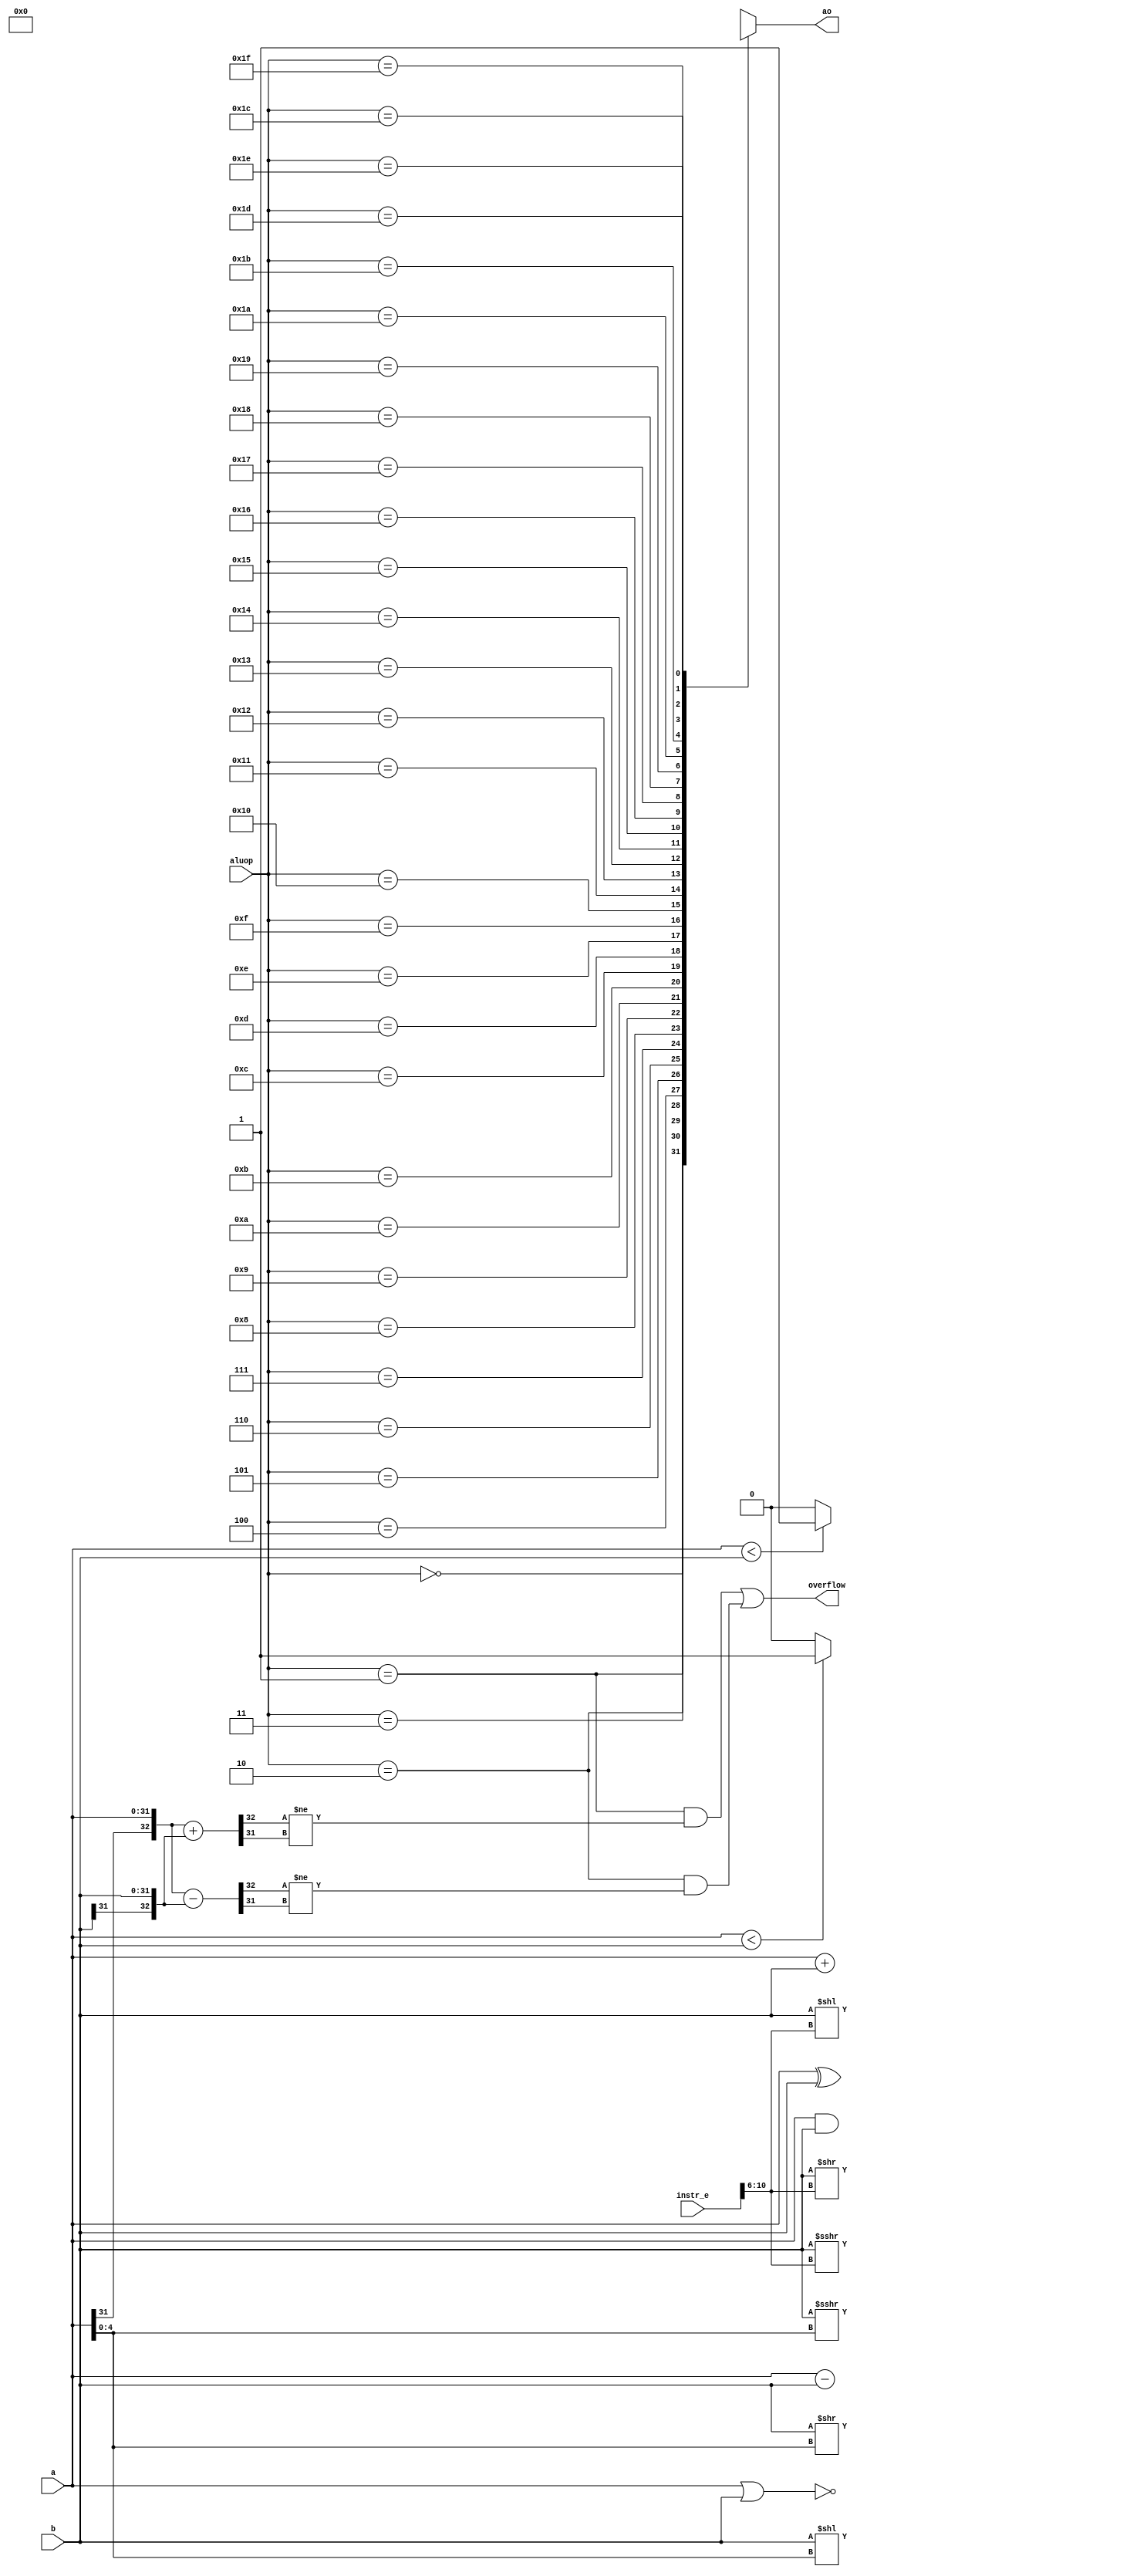
`timescale 1ns / 1ps

module ALU(a,b,aluop,instr_e,ao,overflow);
input [31:0] a,b;
input [4:0] aluop;
input [31:0] instr_e;
output [31:0] ao;//
output overflow;

wire [4:0] shamt;
assign shamt=instr_e[10:6];

wire [31:0] tmp[31:0];
assign tmp[0]=b;
assign tmp[1]=a+b;
assign tmp[2]=a-b;
assign tmp[3]=a|b;
assign tmp[4]=a&b;
assign tmp[5]=$unsigned(b)<<$unsigned(shamt);
assign tmp[6]=$unsigned(b)>>$unsigned(shamt);
assign tmp[7]=$signed(b)>>>$unsigned(shamt);
assign tmp[8]=$unsigned(b)<<$unsigned(a[4:0]);
assign tmp[9]=$unsigned(b)>>$unsigned(a[4:0]);
assign tmp[10]=$signed(b)>>>$unsigned(a[4:0]);
assign tmp[11]=a^b;
assign tmp[12]=~(a|b);
assign tmp[13]=($signed(a)<$signed(b))?32'b1:32'b0;
assign tmp[14]=($unsigned(a)<$unsigned(b))?32'b1:32'b0;


assign ao=tmp[aluop]; 
wire [32:0] temp1,temp2;


assign temp1={a[31],a}+{b[31],b};
assign temp2={a[31],a}-{b[31],b};
assign overflow =((aluop==1)&&(temp1[32]!=temp1[31]))||((aluop==2)&&(temp2[32]!=temp2[31]));
endmodule